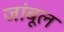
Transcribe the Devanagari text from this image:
जांबूल